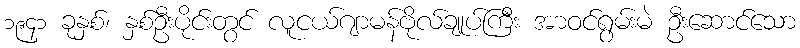
၁၉၄၁ ခုနှစ်၊ နှစ်ဦးပိုင်းတွင် လူငယ်ဂျာမန်ဗိုလ်ချုပ်ကြီး အာဝင်ရွမ်းမဲ ဦးဆောင်သော